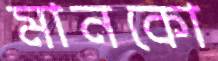
মানকো